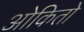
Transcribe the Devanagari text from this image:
ओकितो